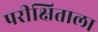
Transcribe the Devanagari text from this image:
परीक्षिताला